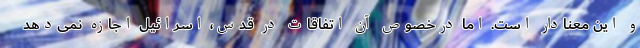
و این معنادار است. اما درخصوص آن اتفاقات در قدس، اسرائیل اجازه نمی‌دهد